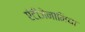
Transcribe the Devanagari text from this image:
एंटीजेनामिया